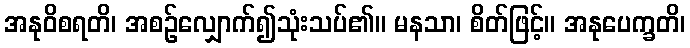
အနုဝိစရတိ၊ အစဉ်လျှောက်၍သုံးသပ်၏။ မနသာ၊ စိတ်ဖြင့်။ အနုပေက္ခတိ၊